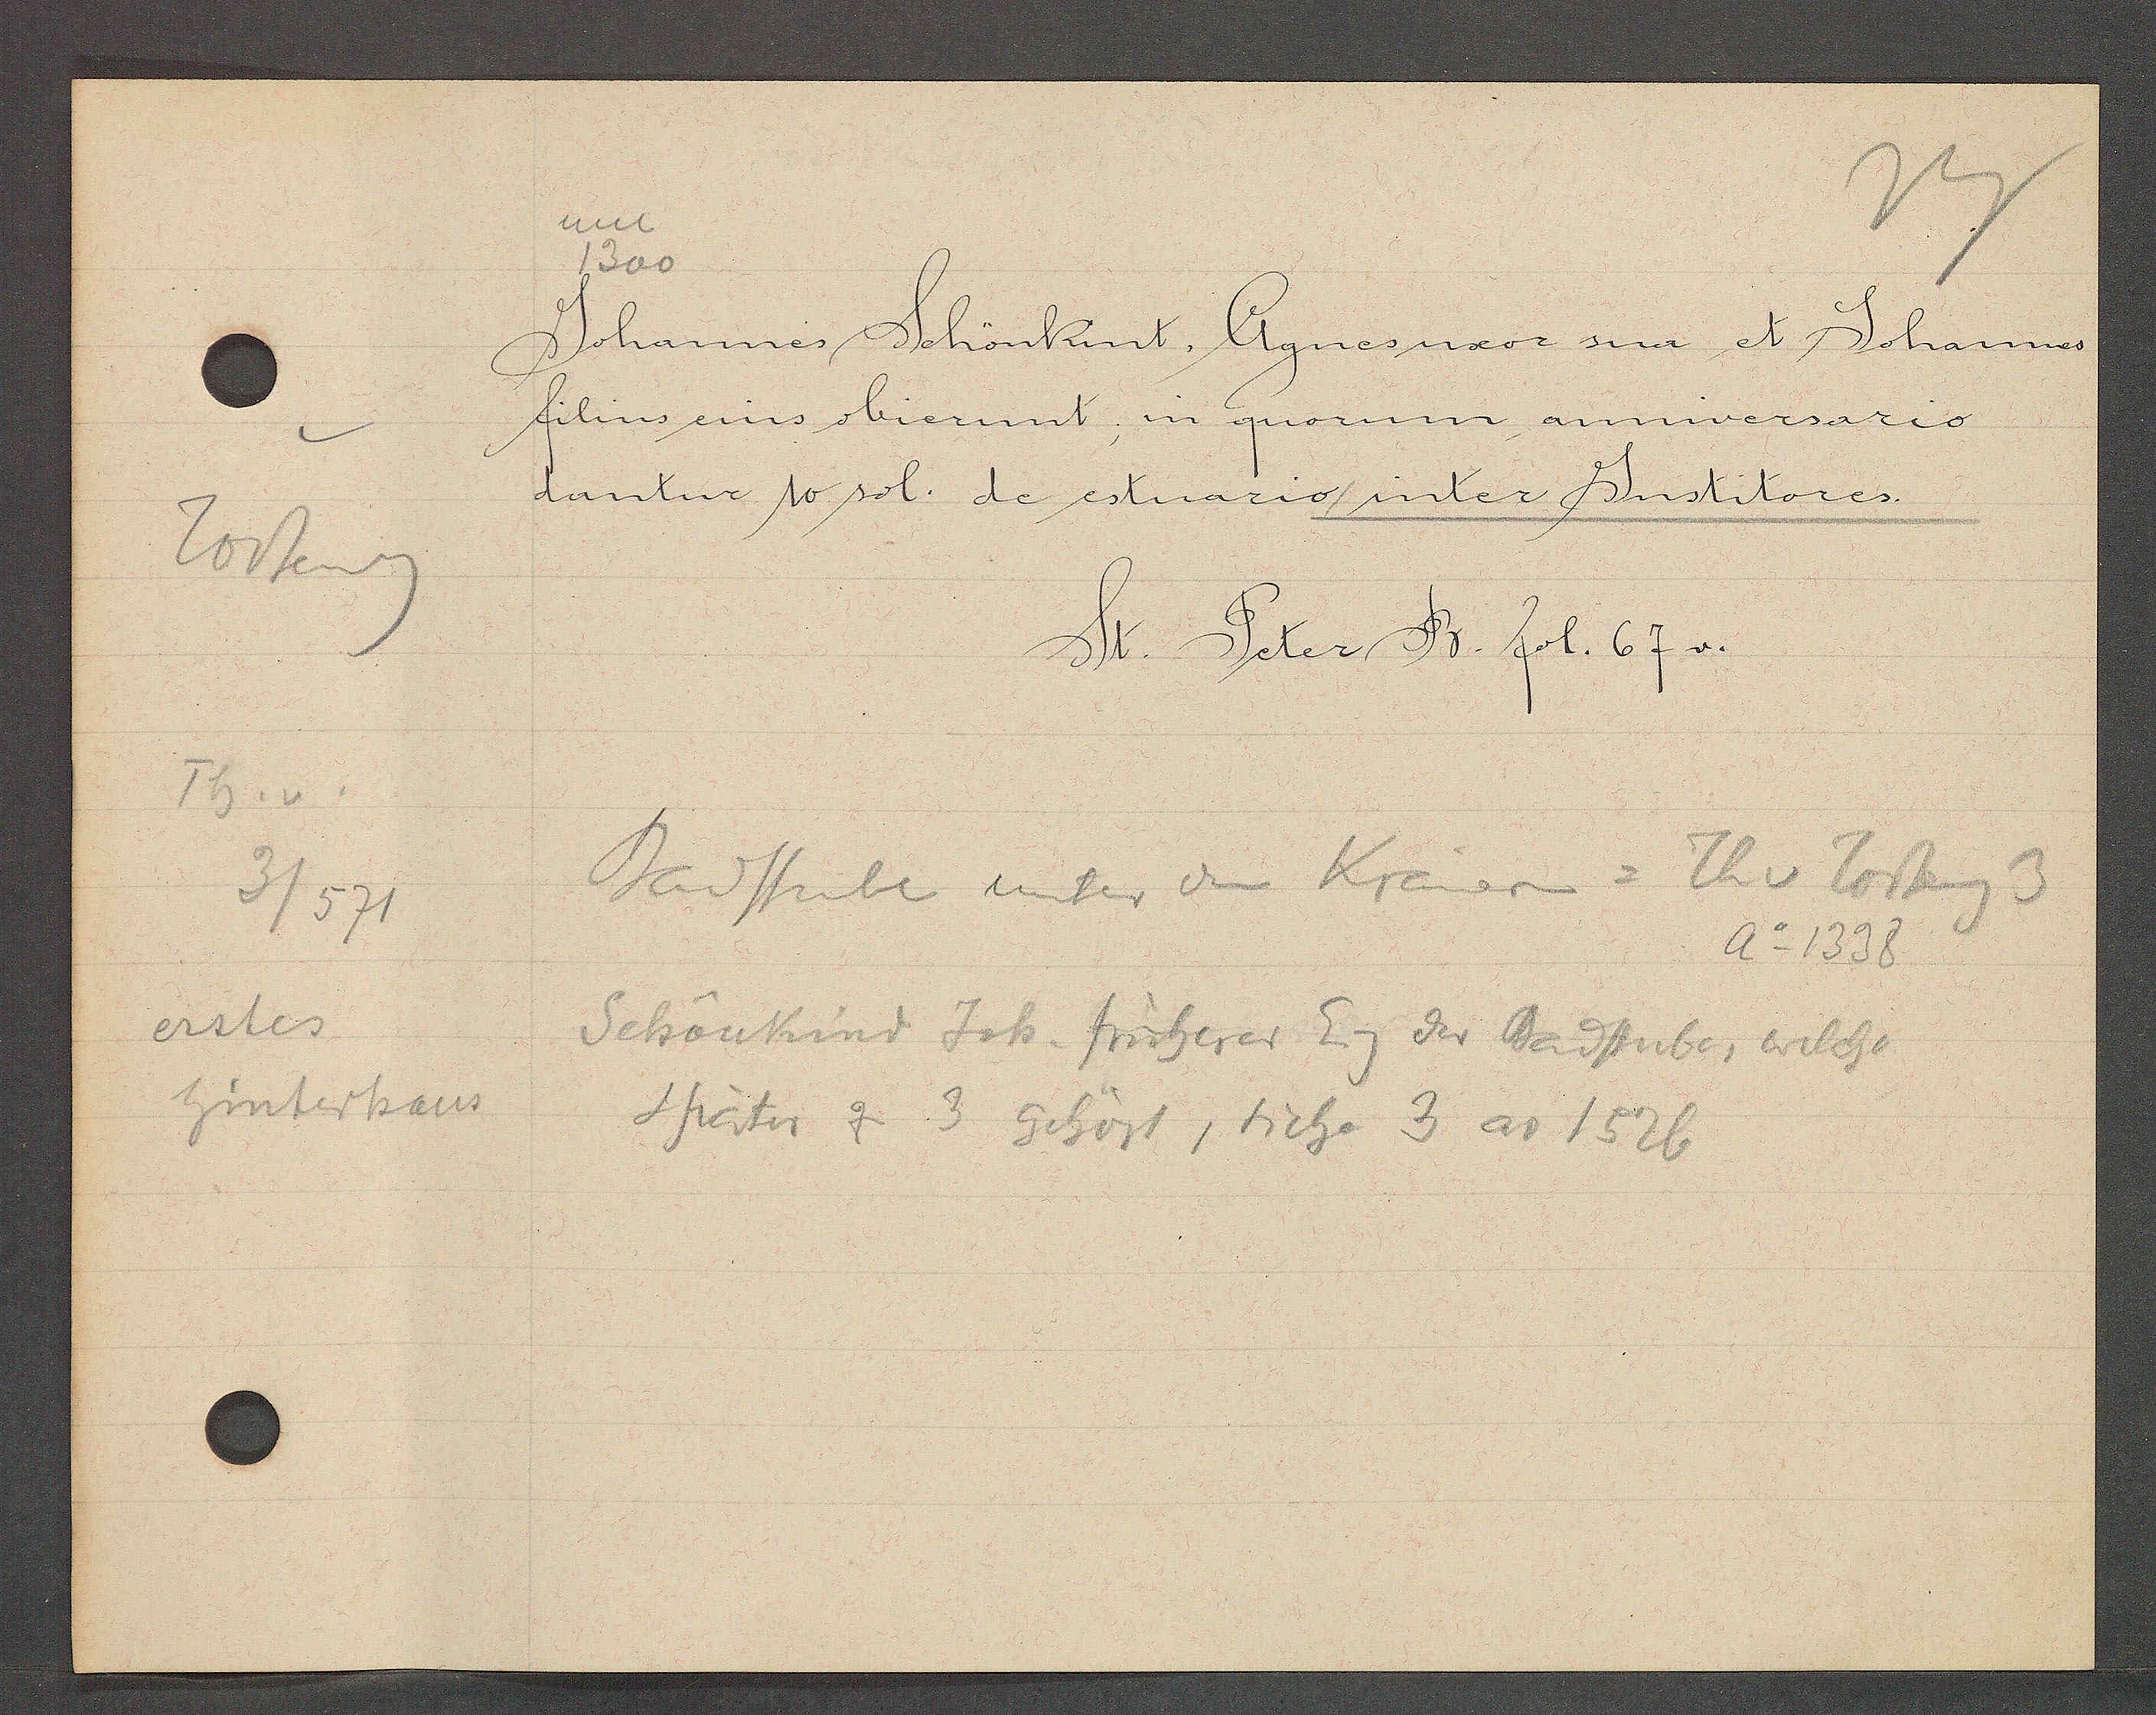
Transcript:
Todteng
Th. v
3/571
erstes
hinterhaus

um
1300

Johannes Schönkint, Agnes uxor sua et Johannes
filins eius obierint, in quorum annwersario
dantur 10 sol. de estuario inter Jnstitores.
St. Peter B. fol. 67 v.

Badstube unter den Krämern = Th v Todteng 3
Ao 1338
Schönkind Joh. früherer Eig der Badstube, welche
Später zu 3 gehört, siehe 3 ao 1526